Vital statistics of India. Vol. VI, European troops 1870-79
Year: 1870
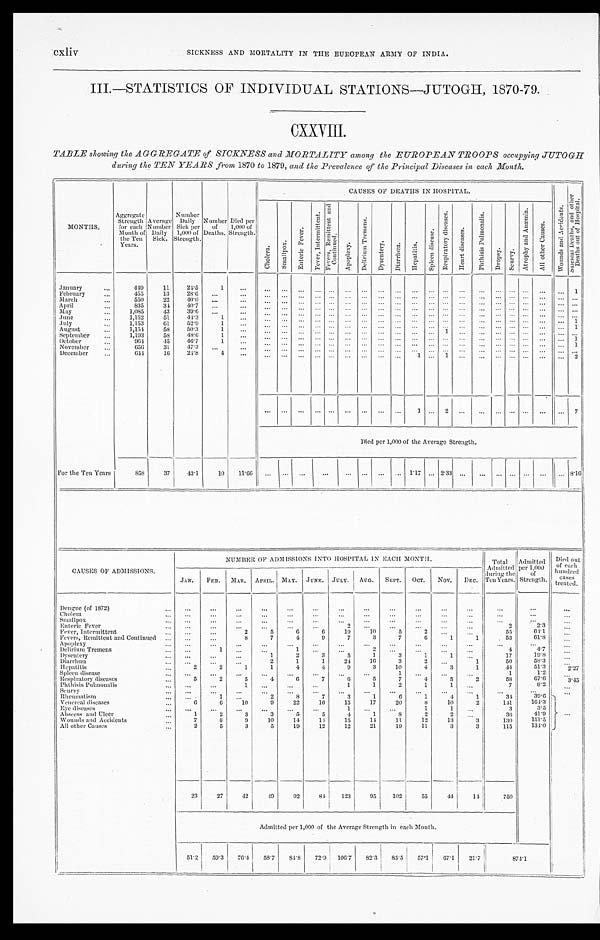
cxliv
SICKNESS AND MORTALITY IN THE EUROPEAN ARMY OF INDIA.
III.—STATISTICS OF INDIVIDUAL STATIONS—JUTOGH, 1870-79.
CXXVIII.
TABLE showing the AGGREGATE of SICKNESS and MORTALITY among the EUROPEAN TROOPS occupying JUTOGH
during the TEN YEARS from 1870 to 1879, and the Prevalence of the Principal Diseases in each Month.
MONTHS. Aggregate Strength for each
Month of
the Ten
Years.
Average Number Daily Sick.
Number Daily Sick per
1,000 of
Strength. Number of Deaths. Died per
1,000 of
Strength.
CAUSES OF DEATHS IN HOSPITAL.
W o u n d s a n d A c c i d e n t s .
S u i c i d a l D e a t h s , a n d o t h e r
D e a t h s o u t o f H o s p i t a l .
C h o l e r a . S m a l l p o x .
E n t e r i c F e v e r .
F e v e r , I n t e r m i t t e n t .
F e v e r s , R e m i t t e n t a n d
C o n t i n u e d .
A p o p l e x y .
D e l i r i u m T r e m e n s . Dysent er y.
D i a r r h œ a . H e p a t i t i s .
S p l e e n d i s e a s e .
R e s p i r a t o r y d i s e a s e s . H e a r t d i s e a s e s .
P h t h i s i s P u l m o n a l i s .
D r o p s y .
S c u r v y .
A t r o p h y a n d A n æ m i a .
A l l o t h e r c a u s e s .
January
449 11 24.5
1
1
February
455 13 28.6
March
550 22 40.0
April
835
3 4 40.7
May
1,085
4 3 39.6
J u n e 1,152 51 44.3
1
1
July
1,153 61 52.9
1
1
August
1,154 58 50.3
1
1
September
1,193 58 48.6
1
1
October
9 6 4 45 46.7
1
1
November
656 31 47.3
December
644 16 24.8
4
1
1
2
1
2
7
Died per 1,000 of the Average Strength.
For the Ten Years
858 37 43.1 10 11.66
1. 17
2 . 3 3
8 . 1 6
CAUSES OF ADMISSIONS.
NUMBER OF ADMISSIONS INTO HOSPITAL IN EACH MONTH.
T o t a l
A d m i t t e d
d u r i n g t h e
T e n Y e a r s .
Admitted per 1,000
of Strength.
Died out
of each
hundred cases treated.
JAN. FEB. MAR. APRIL. MAY. JUNE. JULY. AUG. SEPT. OCT. NOV. DEC.
Dengue (of 1872)
Cholera Smallpox Enteric Fever
2
2
2 . 3
Fever, Intermittent
2
5
6
6 19 10
5 2
55
64. 1
Fevers, Remittent and Continued
8
7
4
9
7
3
7
6
1 1
53
61. 8
Apoplexy Delirium Tremens
1
1
2
4
4 . 7
Dysentery
1
2
3
5
1
3
1
1
17
1 9 . 8
Diarrhœa
2
1
1 24 16
3
2
1
50
5 8 . 3
Hepatitis
2
2
1
1
4
4
9
3 10
4
3 1
4 4
5 1 . 3
2 . 2 7
Spleen disease
1
1
1 . 2
Respiratory diseases
5
2
5
4
6
7
6
5
7
4
5 2
58
67. 6
3 . 4 5
Phthisis Pulmonalis
1
1
1
2
1
1
7
8. 2
Scurvy Rheumatism
1
2
8
7
3
1
6
1
4 1
3 4
39. 6
Venereal diseases
6
6 10
9 22 16 15 17 20
8 10
2
141
164. 3
Eye diseases
1
1
1
3
3 . 5
Abscess and Ulcer
1 2 3
3
5
5
4
1
8
2
2
3 6
4 1 . 9
Wounds and Accidents
7
8
9 10 14 14 15 14
11 12 13
3
130 151.5
All other Causes.
2
5
3
5 19 12 12 21 19 11
3
3
115 134. 0
23 27
4 2 49 92 84 123 95 102 55 44 14
750
Admitted per 1,000 of the Average Strength in each Month.
51.2 59.3 76.4 58.7
8 4 . 8 72.9 106.7 82. 3 85. 5 57.1 67.1
2 1 . 7
8 7 4 . 1